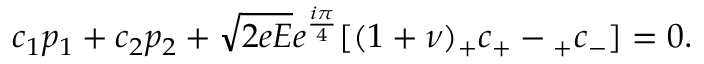
c _ { 1 } p _ { 1 } + c _ { 2 } p _ { 2 } + \sqrt { 2 e E } e ^ { \frac { i \pi } { 4 } } [ ( 1 + \nu ) { } _ { + } c _ { + } - { } _ { + } c _ { - } ] = 0 .